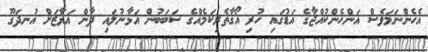
އެހެންނަމަވެސް އަންހެންކުއްޖާގެ އަޑުގައި ހުރި އޯގާތެރިކަމެއްގެ ސަބަބުން އަޅާނުލައި ދާން އަޔާޒަށް އުނދަގޫ